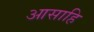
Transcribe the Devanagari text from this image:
आसाहि